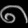
Digit: ၈